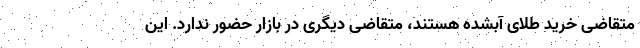
متقاضی خرید طلای آبشده هستند، متقاضی دیگری در بازار حضور ندارد. این